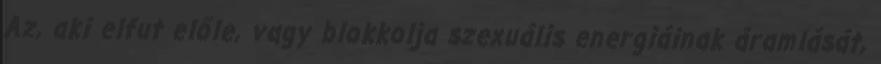
Az, aki elfut előle, vagy blokkolja szexuális energiáinak áramlását,